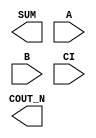
module sky130_fd_sc_lp__fahcon (
    COUT_N,
    SUM   ,
    A     ,
    B     ,
    CI
);

    output COUT_N;
    output SUM   ;
    input  A     ;
    input  B     ;
    input  CI    ;

    // Voltage supply signals
    supply1 VPWR;
    supply0 VGND;
    supply1 VPB ;
    supply0 VNB ;

endmodule